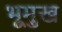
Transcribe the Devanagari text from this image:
भूमुख